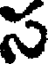
స